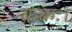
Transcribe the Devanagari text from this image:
ककः।